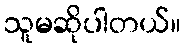
သူမဆိုပါတယ်။